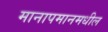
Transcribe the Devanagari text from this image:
मानापमानमधील